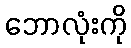
ဘောလုံးကို